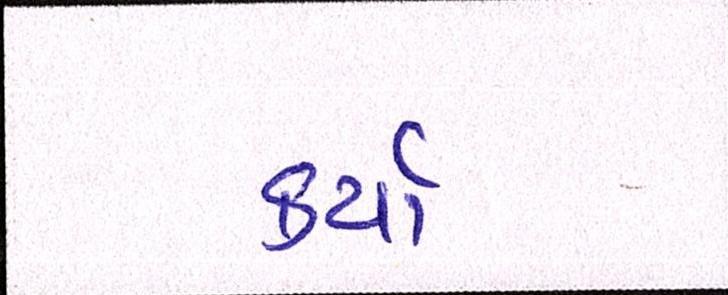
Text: કર્યાં